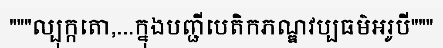
"""ល្បុក្កតោ,...ក្នុងបញ្ជីបេតិកភណ្ឌវប្បធម៌អរូបី"""